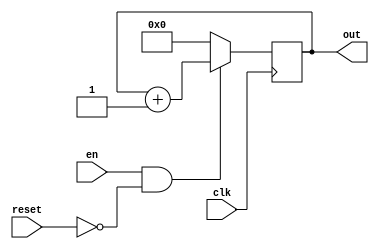
`timescale 1ns / 1ps
//tested
//when reset is high or enable is low, it will give f as output
//i.e, it will count first clock cycle as '0'
//if you want otherwise, just change the value of out in line 9 and 18

module Counter#(parameter K = 6)(clk, en, reset, out);
input clk, reset, en;
output reg [K-1:0] out = 0;
always @(posedge clk)
 begin
  if(en&&(!reset))
   begin
    out <= out + 1;
   end
  else
   begin
    out <= 0;
   end
 end
endmodule